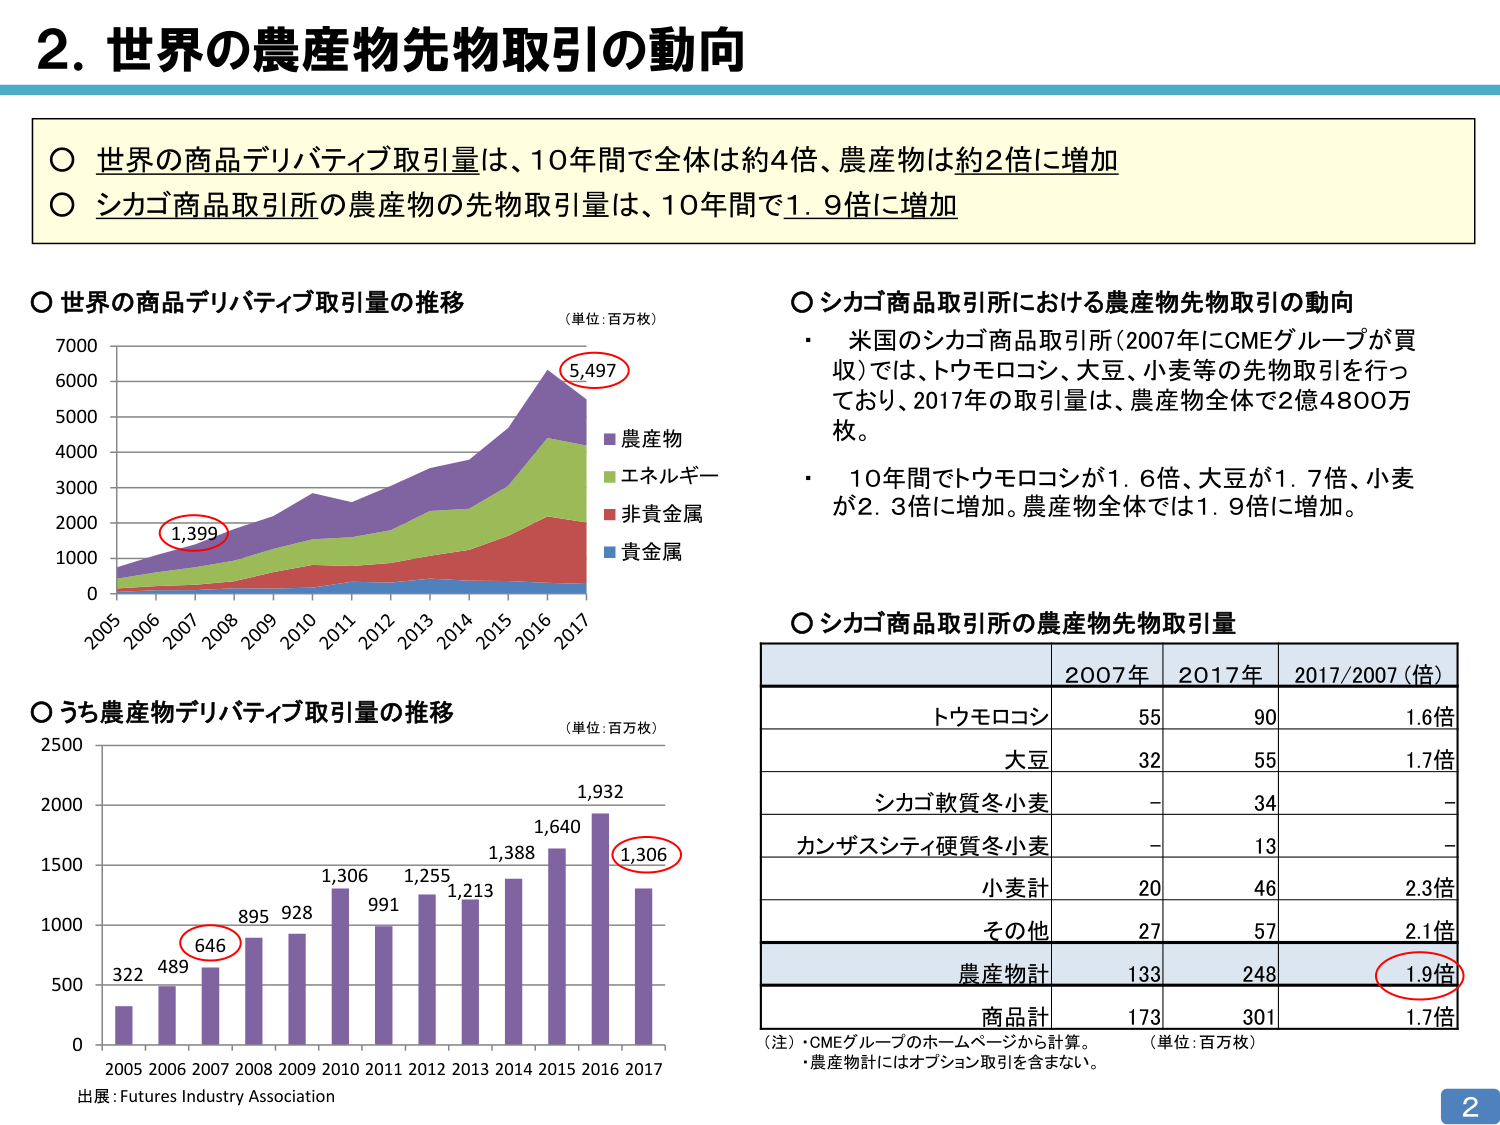
2. 世界の農産物先物取引の動向

○ 世界の商品デリバティブ取引量は、10年間で全体は約4倍、農産物は約2倍に増加
○ シカゴ商品取引所の農産物の先物取引量は、10年間で1.9倍に増加

○ 世界の商品デリバティブ取引量の推移
（単位：百万枚）
7000
6000
5000
4000
3000
2000
1000
0
2005 2006 2007 2008 2009 2010 2011 2012 2013 2014 2015 2016 2017
1,399
5,497
農産物
エネルギー
非貴金属
貴金属

○ シカゴ商品取引所における農産物先物取引の動向
・ 米国のシカゴ商品取引所（2007年にCMEグループが買収）では、トウモロコシ、大豆、小麦等の先物取引を行っており、2017年の取引量は、農産物全体で2億4800万枚。
・ 10年間でトウモロコシが1.6倍、大豆が1.7倍、小麦が2.3倍に増加。農産物全体では1.9倍に増加。

○ うち農産物デリバティブ取引量の推移
（単位：百万枚）
2500
2000
1500
1000
500
0
2005 2006 2007 2008 2009 2010 2011 2012 2013 2014 2015 2016 2017
322 489 646 895 928 1,306 991 1,255 1,213 1,388 1,640 1,932 1,306

○ シカゴ商品取引所の農産物先物取引量
| | 2007年 | 2017年 | 2017/2007（倍） |
|---|---|---|---|
| トウモロコシ | 55 | 90 | 1.6倍 |
| 大豆 | 32 | 55 | 1.7倍 |
| シカゴ軟質冬小麦 | - | 34 | - |
| カンザスシティ硬質冬小麦 | - | 13 | - |
| 小麦計 | 20 | 46 | 2.3倍 |
| その他 | 27 | 57 | 2.1倍 |
| 農産物計 | 133 | 248 | 1.9倍 |
| 商品計 | 173 | 301 | 1.7倍 |

（注）・CMEグループのホームページから計算。
・農産物計にはオプション取引を含まない。
（単位：百万枚）

出展：Futures Industry Association

2